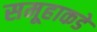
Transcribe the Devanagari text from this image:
समूहाकडे